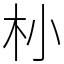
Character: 㭂